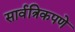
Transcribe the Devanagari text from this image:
सार्वत्रिकपणे